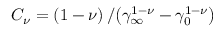
C _ { \nu } = \left( 1 - \nu \right) / \big ( \gamma _ { \infty } ^ { 1 - \nu } - \gamma _ { 0 } ^ { 1 - \nu } \big )